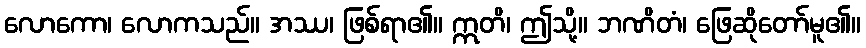
လောကော၊ လောကသည်။ အဿ၊ ဖြစ်ရာ၏။ ဣတိ၊ ဤသို့။ ဘဏိတံ၊ ဖြေဆိုတော်မူ၏။